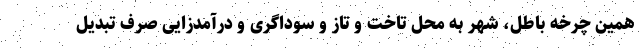
همین چرخه باطل، شهر به محل تاخت و تاز و سوداگری و درآمدزایی صرف تبدیل